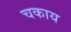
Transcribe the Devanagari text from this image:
चकाय